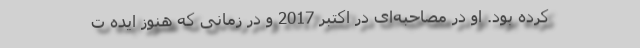
کرده بود. او در مصاحبه‌ای در اکتبر 2017 و در زمانی که هنوز ایده ت